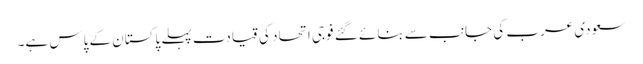
سعودی عرب کی جانب سے بنائے گئے فوجی اتحاد کی قیادت پہلے پاکستان کے پاس ہے۔